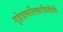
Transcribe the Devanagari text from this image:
गृहेवत्सलिकावितीर्णे